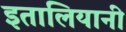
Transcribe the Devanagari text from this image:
इतालियानी